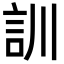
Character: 訓